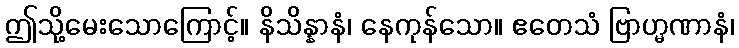
ဤသို့မေးသောကြောင့်။ နိသိန္နာနံ၊ နေကုန်သော။ ဧတေသံ ဗြာဟ္မဏာနံ၊